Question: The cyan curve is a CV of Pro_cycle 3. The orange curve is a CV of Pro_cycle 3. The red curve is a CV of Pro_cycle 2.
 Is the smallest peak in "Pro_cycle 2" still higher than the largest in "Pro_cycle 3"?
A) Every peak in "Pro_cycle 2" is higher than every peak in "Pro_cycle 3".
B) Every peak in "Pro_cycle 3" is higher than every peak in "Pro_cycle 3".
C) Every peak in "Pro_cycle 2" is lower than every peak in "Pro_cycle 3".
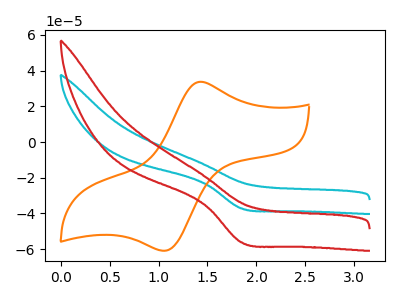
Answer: <think>The cyan curve "Pro_cycle 3" has a cathodic peak at: (1.85V, -37.15uA). The orange curve "Pro_cycle 3" has an anodic peak at (1.45V, 33.70uA) and a cathodic peak at (1.05V, -60.90uA). The red curve "Pro_cycle 2" has a cathodic peak at: (1.85V, -56.15uA).</think>
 <answer>A) Every peak in "Pro_cycle 2" is higher than every peak in "Pro_cycle 3".</answer>
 <eval>A</eval>